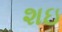
શઇ